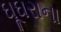
ઘૂઘરાના